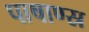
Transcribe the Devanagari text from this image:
पाषाण्स्र